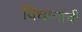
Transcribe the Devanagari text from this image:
विधानांची